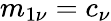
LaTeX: m_{1\nu}=c_{\nu}